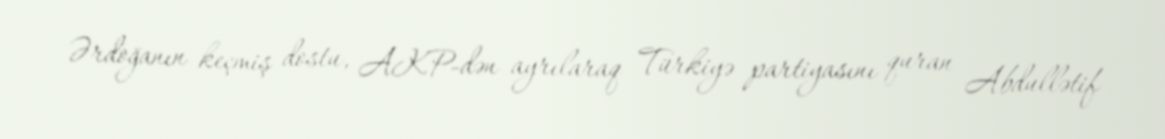
Ərdoğanın keçmiş dostu, AKP-dən ayrılaraq Türkiyə partiyasını quran Abdullətif